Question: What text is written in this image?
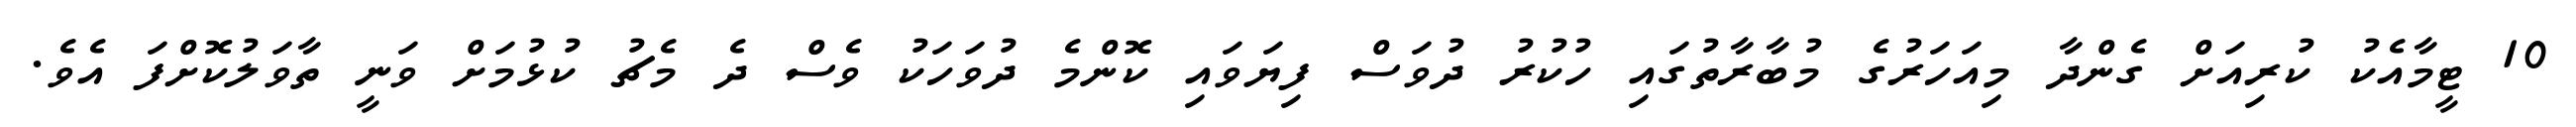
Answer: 10 ޓީމާއެކު ކުރިއަށް ގެންދާ މިއަހަރުގެ މުބާރާތުގައި ހުކުރު ދުވަސް ފިޔަވައި ކޮންމެ ދުވަހަކު ވެސް ދެ މެޗު ކުޅުމަށް ވަނީ ތާވަލުކޮށްފަ އެވެ.